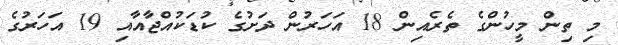
މި ތިން މީހުންގެ ތެރެއިން 18 އަހަރުން ދަށުގެ ކުޑަކުއްޖާއާއި 19 އަހަރުގެ